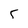
Character: 5